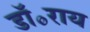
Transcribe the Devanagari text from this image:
डॉ॰राय